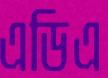
এডিএ